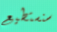
سنستطيع